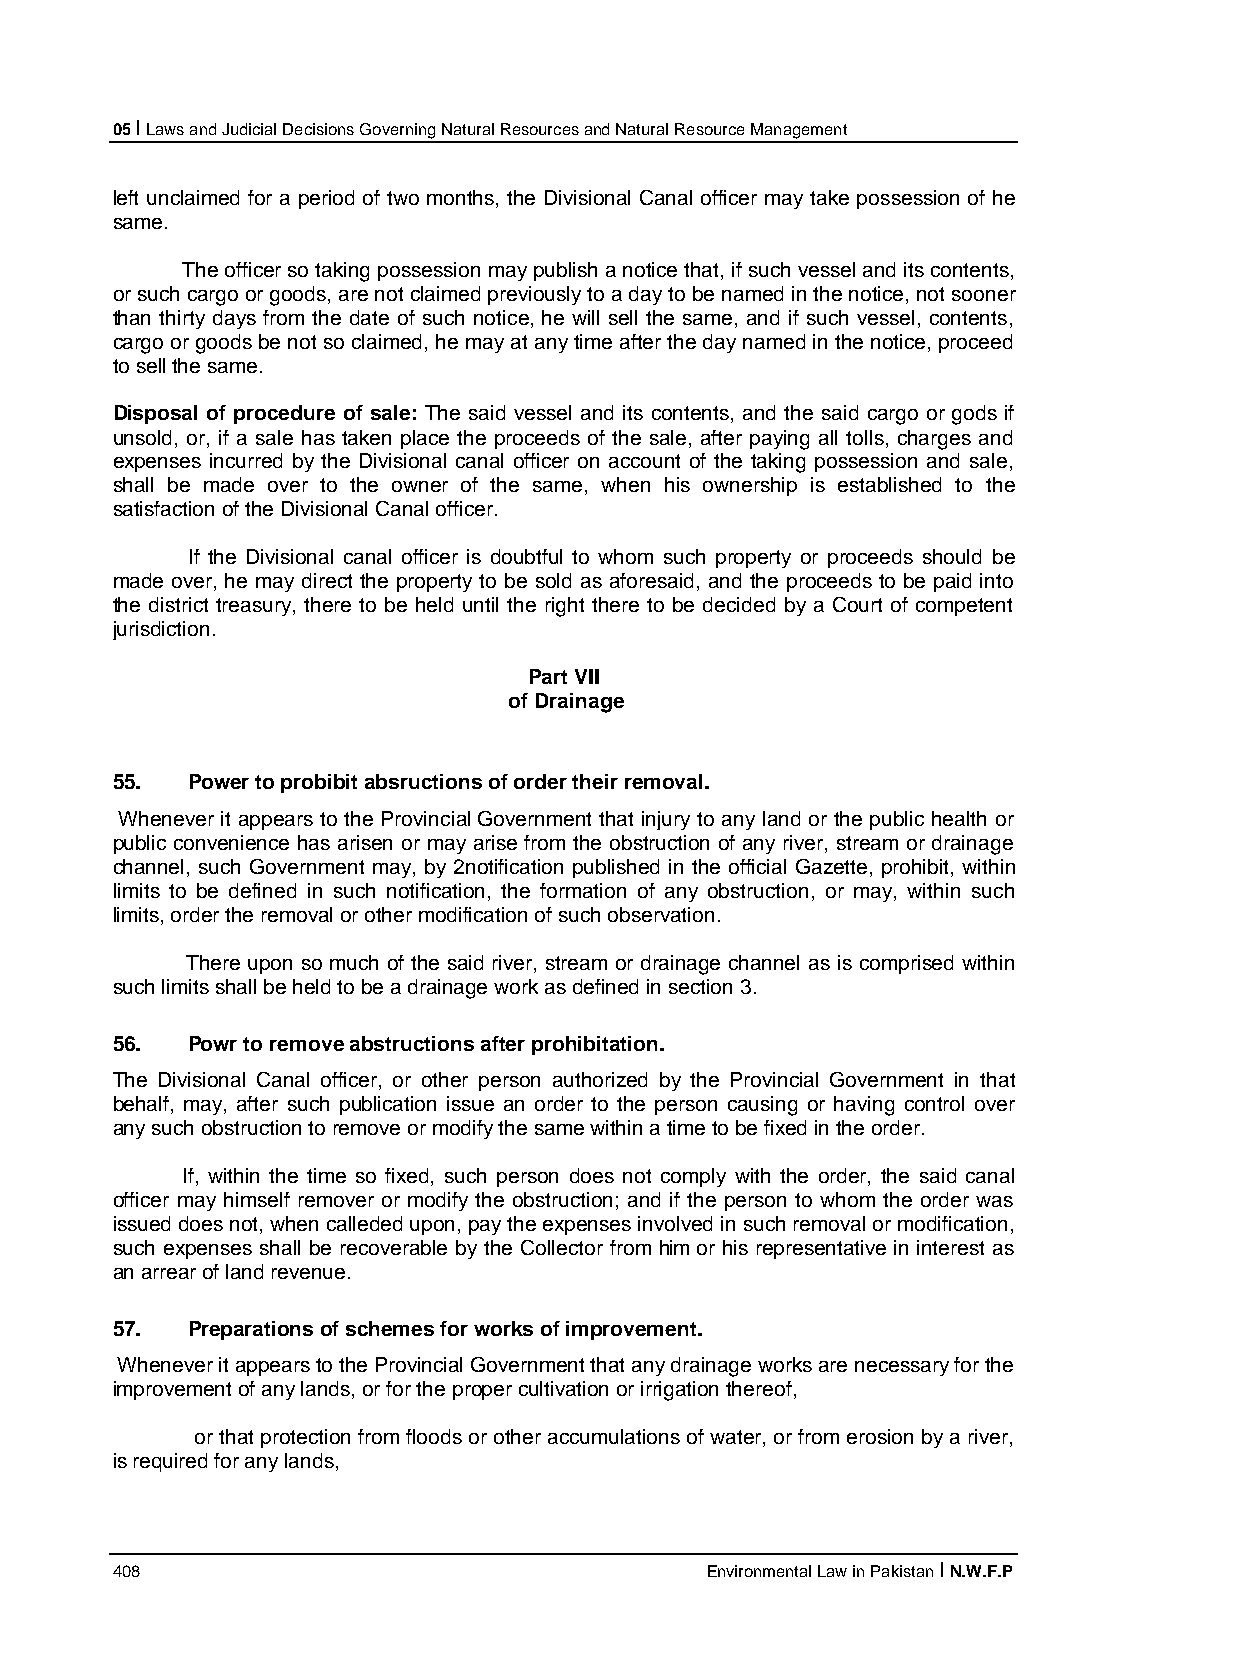
05 I Laws and Judicial Decisions Governing Natural Resources and Natural Resource Management
 left unclaimed for a period of two months, the Divisional Canal officer may take possession of he
 same.
 The officer so taking possession may publish a notice that, if such vessel and its contents,
 or such cargo or goods, are not claimed previously to a day to be named in the notice, not sooner
 than thirty days from the date of such notice, he will sell the same, and if such vessel, contents,
 cargo or goods be not so claimed, he may at any time after the day named in the notice, proceed
 to sell the same.
 Disposal of procedure of sale: The said vessel and its contents, and the said cargo or gods if
 unsold, or, if a sale has taken place the proceeds of the sale, after paying all tolls, charges and
 expenses incurred by the Divisional canal officer on account of the taking possession and sale,
 shall be made over to the owner of the same, when his ownership is established to the
 satisfaction of the Divisional Canal officer.
 If the Divisional canal officer is doubtful to whom such property or proceeds should be
 made over, he may direct the property to be sold as aforesaid, and the proceeds to be paid into
 the district treasury, there to be held until the right there to be decided by a Court of competent
 jurisdiction.
 Part VII
 of Drainage
 55.  Power to probibit absructions of order their removal.
 Whenever it appears to the Provincial Government that injury to any land or the public health or
 public convenience has arisen or may arise from the obstruction of any river, stream or drainage
 channel, such Government may, by 2notification published in the official Gazette, prohibit, within
 limits to be defined in such notification, the formation of any obstruction, or may, within such
 limits, order the removal or other modification of such observation.
 There upon so much of the said river, stream or drainage channel as is comprised within
 such limits shall be held to be a drainage work as defined in section 3.
 56.  Powr to remove abstructions after prohibitation.
 The Divisional Canal officer, or other person authorized by the Provincial Government in that
 behalf, may, after such publication issue an order to the person causing or having control over
 any such obstruction to remove or modify the same within a time to be fixed in the order.
 If, within the time so fixed, such person does not comply with the order, the said canal
 officer may himself remover or modify the obstruction; and if the person to whom the order was
 issued does not, when calleded upon, pay the expenses involved in such removal or modification,
 such expenses shall be recoverable by the Collector from him or his representative in interest as
 an arrear of land revenue.
 57.  Preparations of schemes for works of improvement.
 Whenever it appears to the Provincial Government that any drainage works are necessary for the
 improvement of any lands, or for the proper cultivation or irrigation thereof,
 or that protection from floods or other accumulations of water, or from erosion by a river,
 is required for any lands,
 408                                     Environmental Law in Pakistan I N.W.F.P